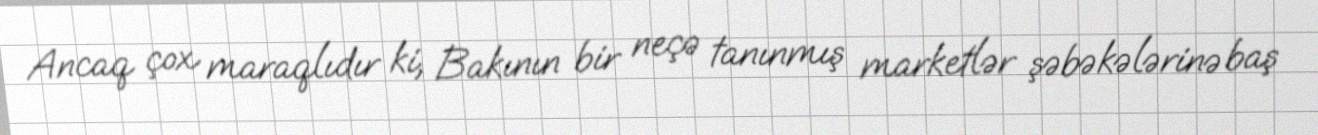
Ancaq çox maraqlıdır ki, Bakının bir neçə tanınmış marketlər şəbəkələrinə baş